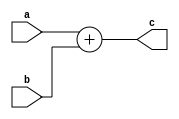
`timescale 1ns / 1ps
//////////////////////////////////////////////////////////////////////////////////
// Company: 
// Engineer: 
// 
// Design Name: 
// Module Name: adder_if
// Project Name: 
// Target Devices: 
// Tool Versions: 
// Description: 
// 
// Dependencies: 
// 
// Revision:
// Revision 0.01 - File Created
// Additional Comments:
// 
//////////////////////////////////////////////////////////////////////////////////

module adder_if(a,b, c);

input [31:0] a,b;//
output [31:0] c;//
assign c=a+b;

endmodule